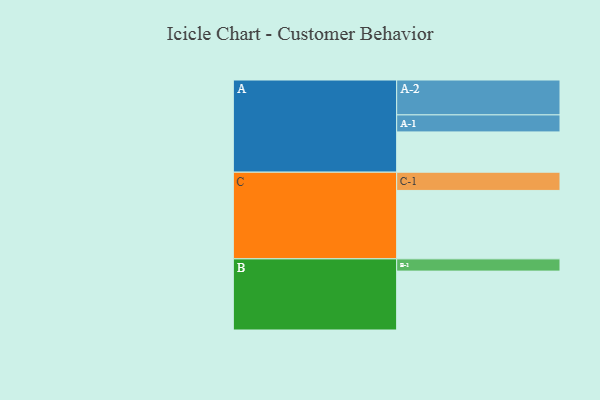
{"axis": {"x": "Segment", "y": "Value"}, "legend": ["", "A", "B", "C"], "data": [{"x": "A", "y": 329, "type": ""}, {"x": "B", "y": 481, "type": ""}, {"x": "C", "y": 559, "type": ""}, {"x": "A-1", "y": 139, "type": "A"}, {"x": "A-2", "y": 285, "type": "A"}, {"x": "B-1", "y": 100, "type": "B"}, {"x": "C-1", "y": 149, "type": "C"}]}